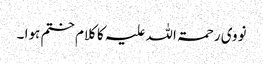
نووی رحمۃ اللہ علیہ کا کلام ختم ہوا ۔